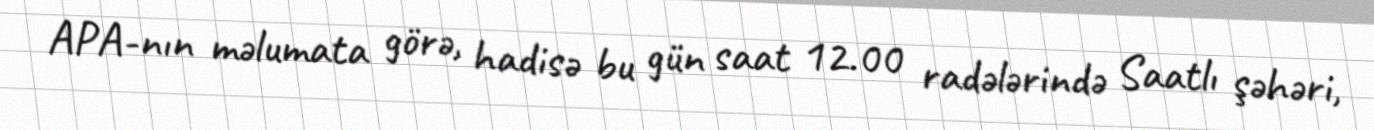
APA-nın məlumata görə, hadisə bu gün saat 12.00 radələrində Saatlı şəhəri,